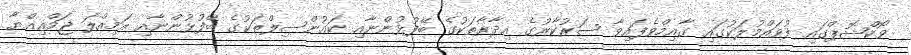
ވޯކްޝޮޕްގައި ފުވައްމުލަކުގައި ގާއިމްވެފައިވާ ސަރުކާރުގެ އިދާރާތަކުގެ ބޭފުޅުންނާއި ކައުންސިލްތަކުގެ ބޭފުޅުންނާއި އަމިއްލަ ޖަމްޢިއްޔާ